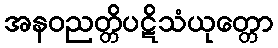
အနဝညတ္တိပဋိသံယုတ္တော